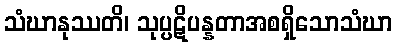
သံဃာနုဿတိ၊ သုပ္ပဋိပန္နတာအစရှိသောသံဃာ